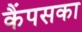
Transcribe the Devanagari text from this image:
कैंपसका